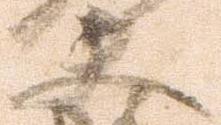
夫